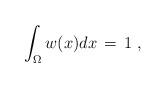
LaTeX: \begin{align*} \int_{\Omega} w(x) dx \, =\, 1 \;,\end{align*}